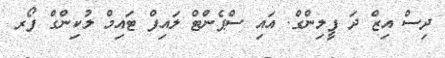
ދިސް އިޒް ދަ ފީލިންގް. އައި ސްޕެންޓް ލައިފް ޓައިމް ލުކިންގް ފޯރ